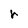
Character: r